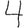
Digit: 4